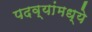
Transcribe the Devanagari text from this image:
पदव्यांमध्ये